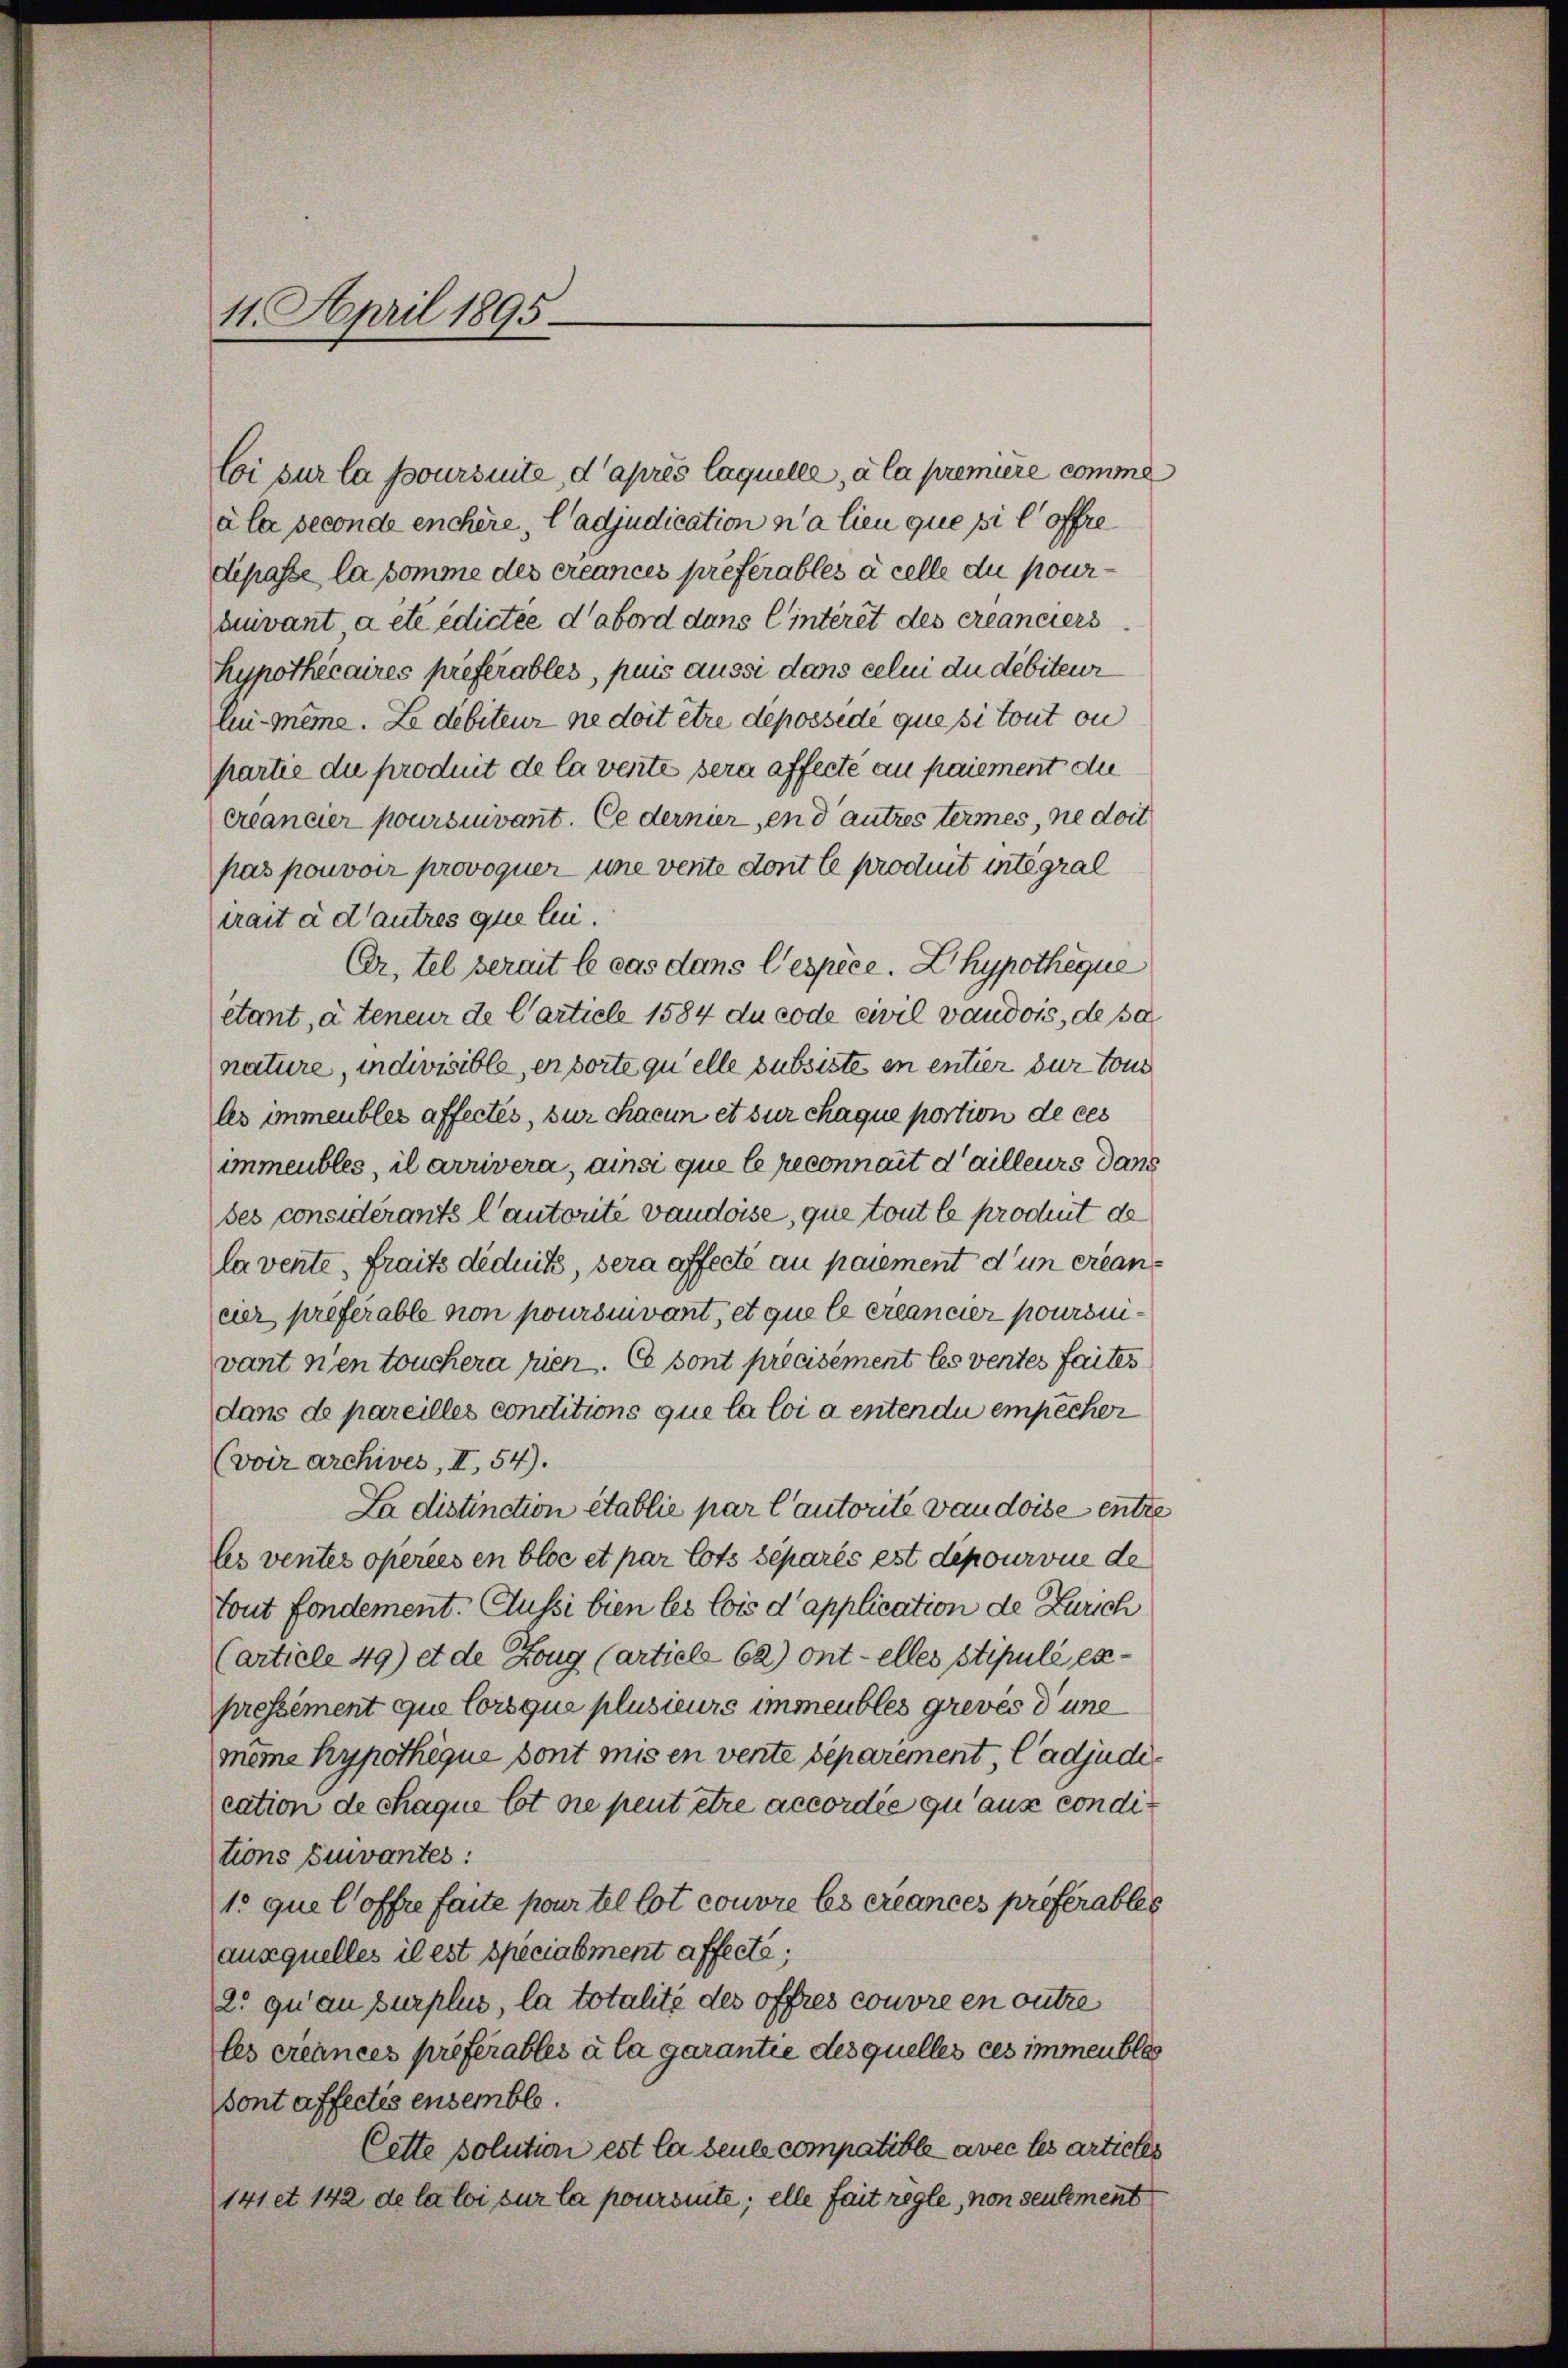
11. April 1895.

Coi sur la poursuite, d’après laquelle, à la premiere comme
à la seconde enchère, ladjudication n’a lieu que pi l offre
dipasse la somme des créances préférables à celle du pouruuvant a etc edictee d’abord dans linteret des créanciers
hypothécaires preferables, plus aussi dans celui du débiteur
Au-même. Le debiteur sie doit être dépossede que si tout ou
partie die produit de la vente sera affecte au paiement die
creander poursiuvant. Ce dernier, en d’autres termes, ne doit
pas pouvoir provoquer une vente dont le produit intégral
trait à d’autres que lui.
Er, tel bereit le cas dans l’espèce. L’hypothéque
etant, à teneur de Carticle 1584 du code civil vaudois, de sa
nature, indivisible, er sorte qu’elle subsistes in entier zur tous
les immeubles affectés, sur chacun et sur chaque portion de ces
immeubles, il arrivera, ainsi que le reconnait d’ailleurs dass
des considérants l’autorite vaudoise, que tout le produit de
lavente, fraits déduits, sera affecte au paiement d’un erlaneier preferable non pourvivant, et que le créancier pouronivant nen touchera hien. Es sont précisément les ventes faites
dans de pareilles conditions que la loi a entendii empêcher
(voir archives, II, 54).
Da distinction établie par l’autorite vaudoise entze
les ventes operies en bloc et par lots séparés est depourvue de
tout fondement. Cussi bien les lois d’application de Zürich
(article 49) et de Zoug (artiele 62) ont elles stipulé expressement que lorsque plusieurs immeubles grevés d’une
meine Hypothèque dont mis en vente separement, Cadjudecation de chaque lot die peut être accordée qu’aux conditions Eiuvantes:
1s que l’offre faite pourtel lot couvre les créances préférables
ausquelles il est specialment affecté;
2. qu’au surplus, la totalité des offres couvre en outre
les créances préférables à la garantie des quelles ces immeubles
sont affectés ensemble.
Cette solution est la seule compatible avec les articles
141 et 142 de la loi sur la poursuite; elle fait regle, von seulement